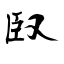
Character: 臤